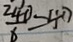
\frac { 2 4 0 } { 6 } = 4 0